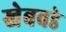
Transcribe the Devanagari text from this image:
खेबवडे